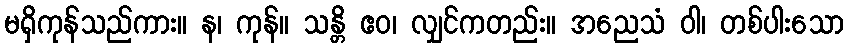
မရှိကုန်သည်ကား။ န၊ ကုန်။ သန္တိ ဧဝ၊ လျှင်ကတည်း။ အညေသံ ဝါ၊ တစ်ပါးသော